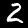
Label: 2